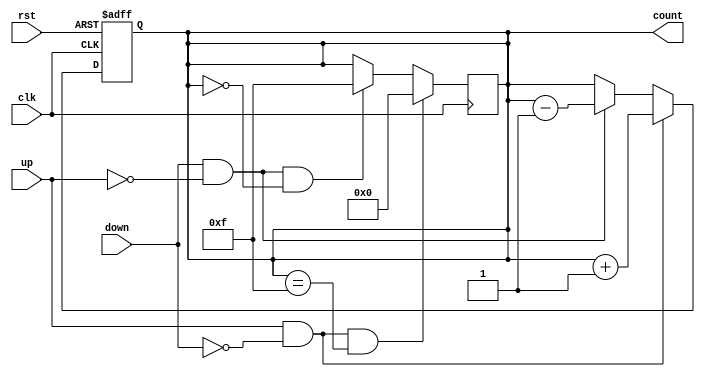
module UpDownCounter #(
    parameter N = 4 // Parameter for the bit width of the counter
)(
    input wire clk,      // Clock signal
    input wire rst,      // Asynchronous reset
    input wire up,       // Count up control signal
    input wire down,     // Count down control signal
    output reg [N-1:0] count // n-bit output count
);

// Internal counter logic
always @(posedge clk or posedge rst) begin
    if (rst) begin
        count <= 0; // Reset counter to zero
    end else begin
        if (up && !down) begin
            count <= count + 1; // Increment counter
        end else if (down && !up) begin
            count <= count - 1; // Decrement counter
        end
    end
end

// Handle overflow and underflow
always @(posedge clk) begin
    if (up && !down && count == {N{1'b1}}) begin
        count <= 0; // Roll over to zero on overflow
    end else if (down && !up && count == 0) begin
        count <= {N{1'b1}}; // Roll over to max value on underflow
    end
end

endmodule